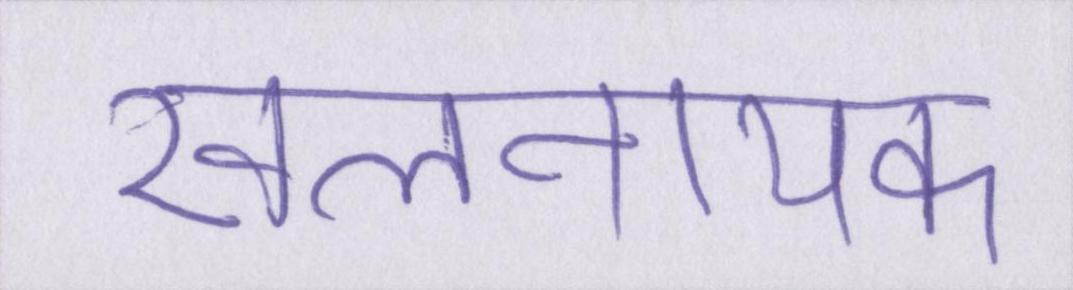
खलनायक